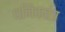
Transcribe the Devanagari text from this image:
धनिकतंत्र